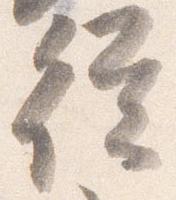
従